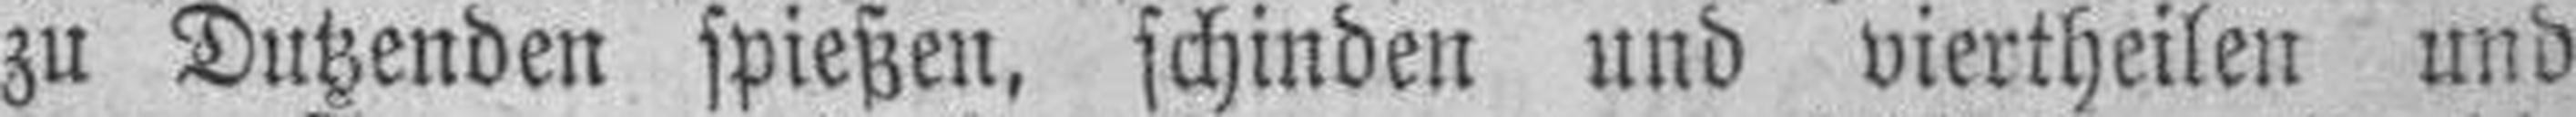
zu Dutzenden spießen, schinden und viertheiten und